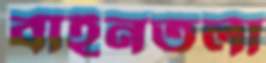
বাইনতলা